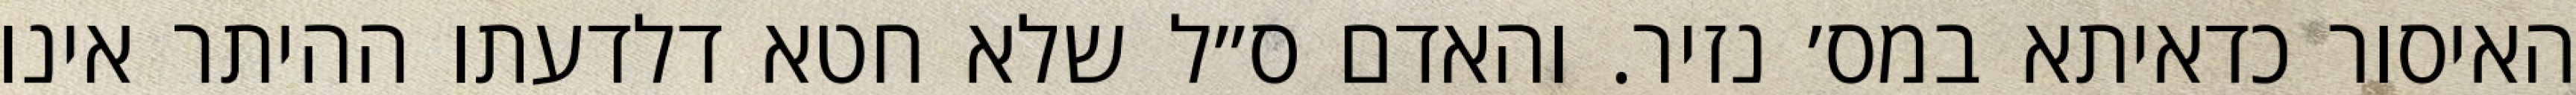
האיסור כדאיתא במס׳ נזיר. והאדם ס״ל שלא חטא דלדעתו ההיתר אינו